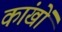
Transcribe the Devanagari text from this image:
कांखों